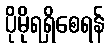
ပိုမိုရရှိစေရန်